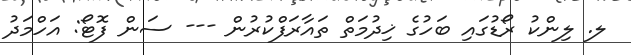
ލ. ލިންކު ރޯޑުގައި ބަހުގެ ޚިދުމަތް ތައާރަފްކުރުން --- ސަން ފޮޓޯ: އަހްމަދު